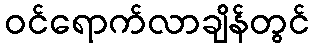
ဝင်ရောက်လာချိန်တွင်